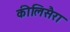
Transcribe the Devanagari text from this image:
कीलिसैरा